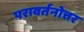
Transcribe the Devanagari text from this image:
परावर्तनोत्तर